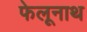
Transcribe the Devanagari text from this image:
फेलूनाथ